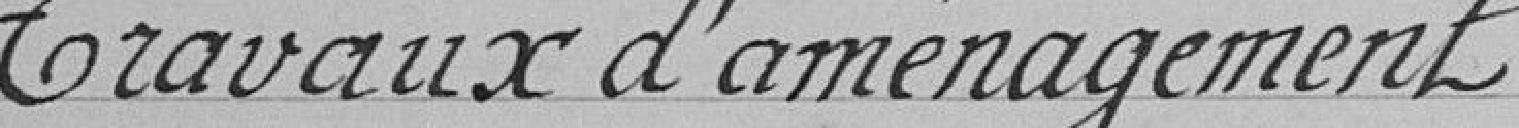
Travaux d'aménagement